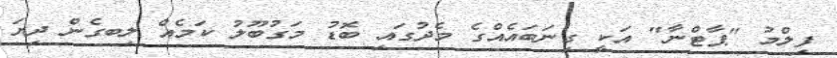
ފިލްމު "ޕާޓްނާ" އަކީ ގިނަބައެއްގެ މެދުގައި ބޮޑު މަގުބޫލު ކަމެއް ލިބގެން ދިޔަ